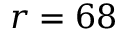
r = 6 8 \, \